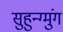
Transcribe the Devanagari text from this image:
सुहुन्ग्मुंग